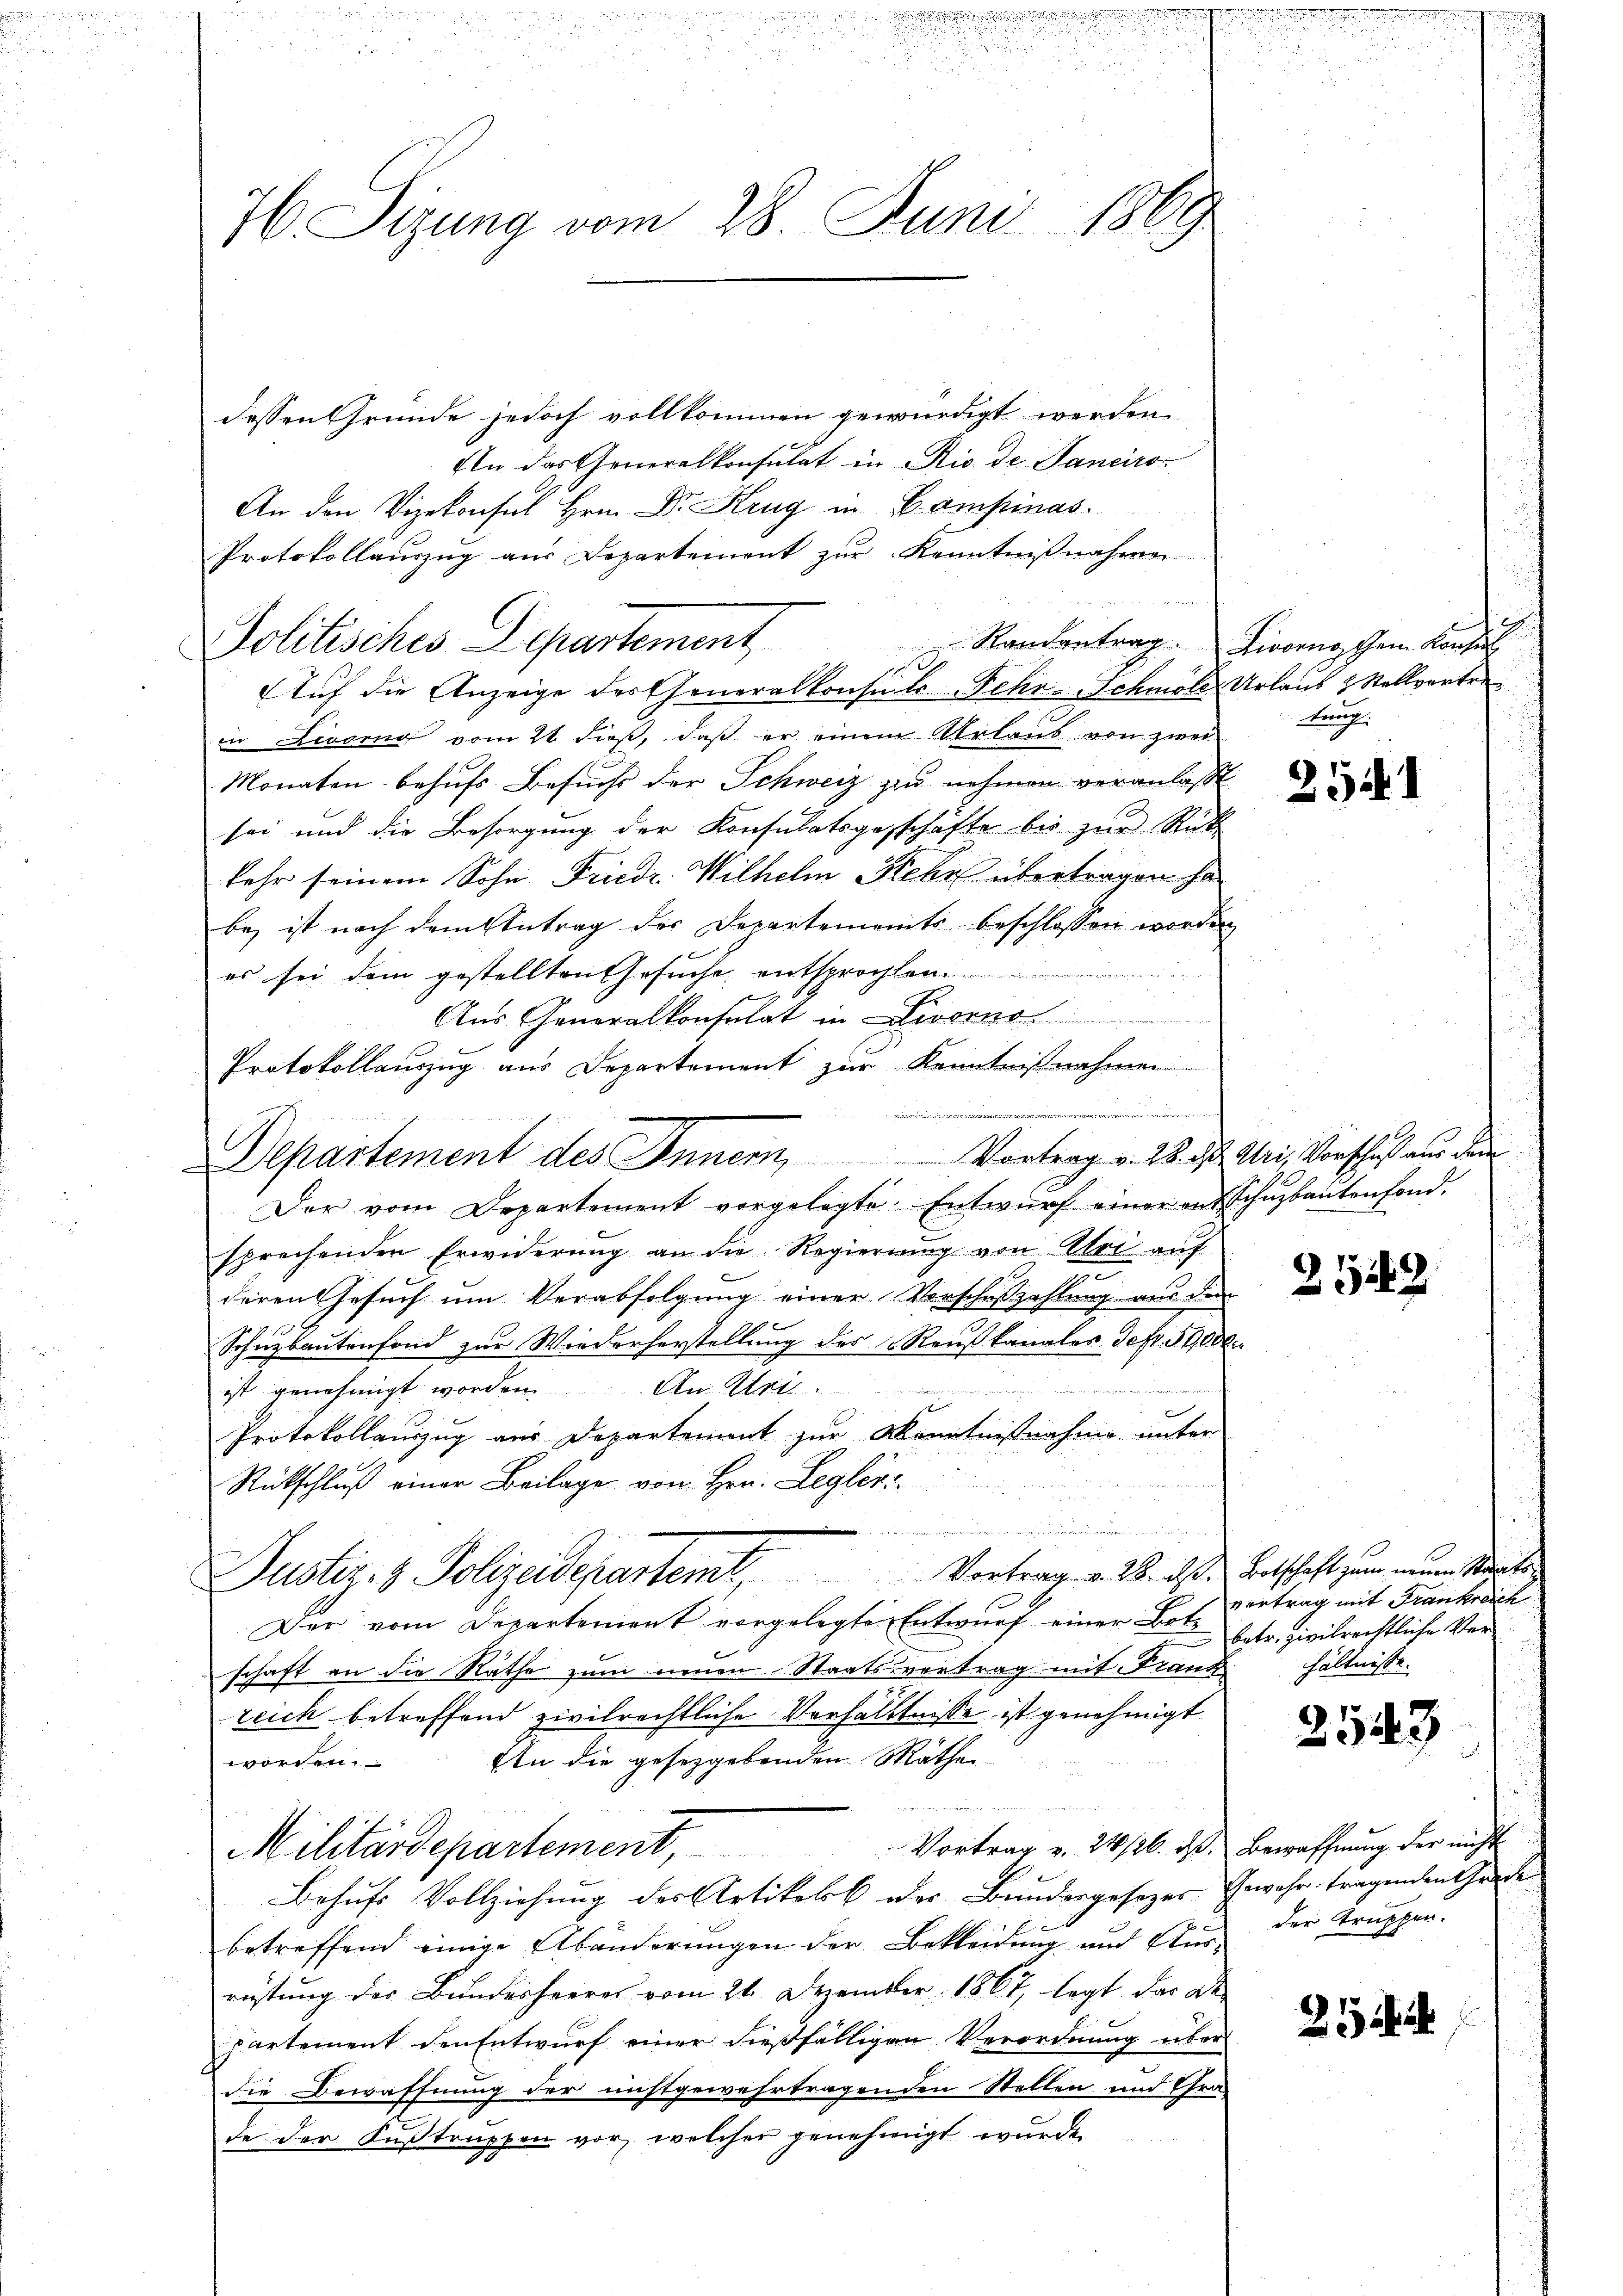
76 Sizung vom 28. Juni 1869

dessen Gründe jedoch vollkommen gewürdigt werden,
An das Generalkonsulat in Rio de Sanciro¬
An den Vizekonsul Hrn. Dr. Krug in Campinas.
Protokollauszug aus Departement zur Kenntnißnahmen
1
Auf die Anzeige des Generalkonseits-Fehr- Schmöle Urlaub & Stellvertrein Livorno vom 21 dieß, daß er einem Urlaub von zwei
Monaten behufs Besuchs der Schweiz zu nehmen veranlasst
sei und die Besorgung der Konsulatsgeschäfte bis zur Rück
kehr seinem Sohn Friedr. Wilhelm Mehr übertragen ha
be, ist nach dem Antrag des Departements beschlossen worden,
es sei dem gestellten Gesuche entsprochten.
Aus Generalkonsulat in Livorne
Der vom Departement vorgelegte. Entwŭrf einer auf Schŭzbantenfond.
sprechenden Erwiderung an die Regierung von Elei auf
deren Gesuch um Verabfolgung einer Vorschußzahlung aus den
Schŭzbaŭtenfond zŭr Wiederherstellŭng des Reußkanales-Tefr. 5000fr.
ist genehmigt worden. An Art.
Protokollauszug aus Departement zur Kenntnißnahme unter
Rückschluß einer Beilage von Hrn. Legleri¬
Puster- & Polizeidepartemt, Vortrag a. 1. ds.
Der vom Departement vorgelegte Entwurf einer Botz
schaft an die Räthe zum neuen Staatsvertrag mit Frank
reich betreffend zivilrechtliche Verhältnisse ist genehmigt
Eln die gesetzgebenden Mathe
worden.

Vortrag v. 24/26. ds. Bewaffnung der nicht
Militärdepartement,
Behufs Vollziehung des Artikels der Bundesgesezes Gewehr tragenden Grade
betreffend einige Abänderungen der Bekleidung und Kur-
rüstung des Bundesheeres vom 21. Dezember 1867, legt der Ak
partement den Entwurf einer dießfälligen Verordnung über
die Bewaffnung der nichtgewehrtragenden Stellen und Gra-
de der Fußtruppen vor, welcher genehmigt wurde.

Politisches Departement,

Protokollauszug aus Departement zur Kenntnißnahmen
n
Departement des Innern, Vortrag v. 28. d. Uri, Vorschuß aus dem

Randantrag. Divorno chem Konsul
berich

2541

2542

Botschaft zum neuen Staats-
vertrag mit Frankreich
betr. Zivilrechtliche Verhältnisse.

2543

der Truppen.

25